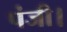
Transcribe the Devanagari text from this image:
पंजी।